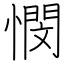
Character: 憫